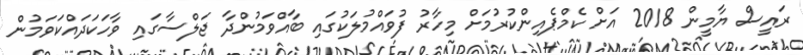
ރައީސް ޔާމީން 2018 އަށް ކެމްޕެއިންކުރުމަށް މިހާރު ފުވައްމުލަކުގައި ބާއްވަމުންދާ ޖަލްސާގައި ވާހަކަދައްކަވަމުން